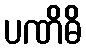
ပဏိဓိ